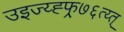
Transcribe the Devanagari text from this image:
उइज्य्ह्फ्र्७६त्य्त्